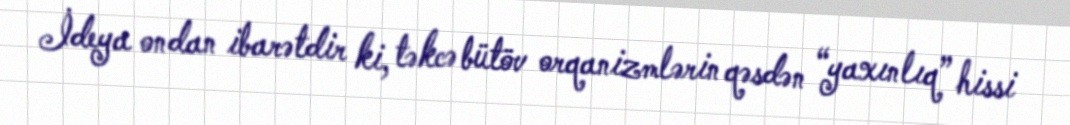
İdeya ondan ibarətdir ki, təkcə bütöv orqanizmlərin qəsdən “yaxınlıq” hissi